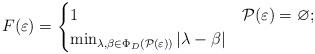
LaTeX: \begin{align*}F(\varepsilon)=\begin{cases}1 & \mathcal{P}(\varepsilon)=\varnothing;\\\min_{\lambda,\beta\in\Phi_D( \mathcal{P}(\varepsilon))} |\lambda-\beta| &\end{cases}\end{align*}